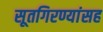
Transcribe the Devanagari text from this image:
सूतगिरण्यांसह